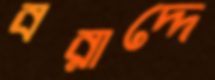
বরাদ্দে